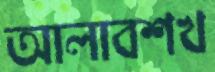
আলাবশখ